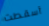
أسقطت